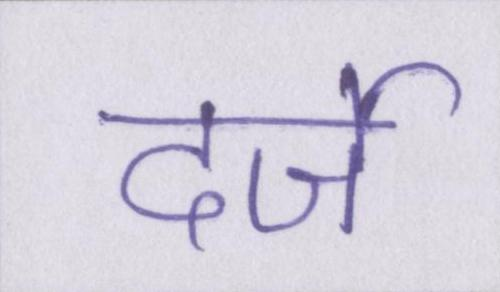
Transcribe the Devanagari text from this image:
दर्जे